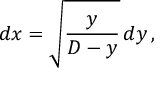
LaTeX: d x = { \sqrt { \frac { y } { D - y } } } \, d y \, ,